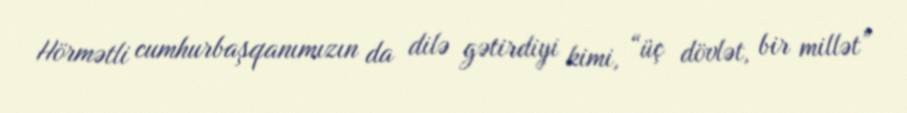
Hörmətli cumhurbaşqanımızın da dilə gətirdiyi kimi, “üç dövlət, bir millət”